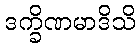
ဒက္ခိဏမာဒိသိ